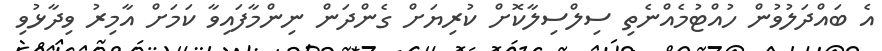
އެ ބައްދަލުވުން ހުއްޓުމެއްނެތި ސިލްސިލާކޮށް ކުރިޔަށް ގެންދަން ނިންމާފައިވާ ކަމަށް އާމިރު ވިދާޅުވި